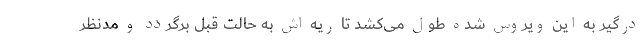
درگیر به این ویروس شده طول می‌کشد تا ریه اش به حالت قبل برگردد و مدنظر